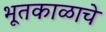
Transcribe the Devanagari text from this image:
भूतकाळाचे